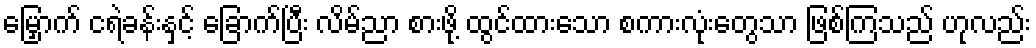
မြှောက် ငရဲခန်းနှင့် ခြောက်ပြီး လိမ်ညာ စားဖို့ ထွင်ထားသော စကားလုံးတွေသာ ဖြစ်ကြသည် ဟုလည်း